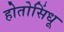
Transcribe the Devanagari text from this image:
होतोसिंधू